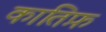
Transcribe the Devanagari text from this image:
कातिफ़